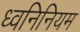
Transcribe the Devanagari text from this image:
ध्वनिनियम